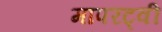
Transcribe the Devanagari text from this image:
मापरट्वी